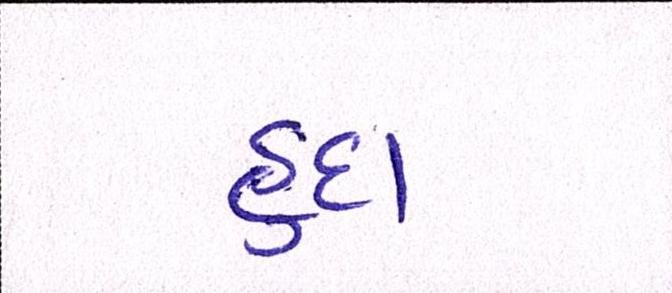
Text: હૃદા